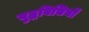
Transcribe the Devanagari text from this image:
युद्धविधियों